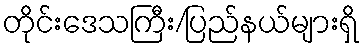
တိုင်းဒေသကြီး/ပြည်နယ်များရှိ